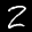
Label: 2